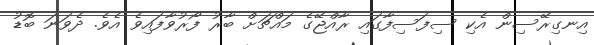
އިނގިރޭސިން އެކި ސިފަސިފާގައި ރާއްޖޭގެ މައްޗަށް ބާރު ފޯރުވާފައިވެ އެވެ. ދެވަނަ ބޮޑު